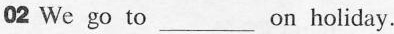
02 We go to ___ on holiday.